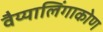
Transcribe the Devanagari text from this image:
वैय्यालिंगाकोण